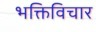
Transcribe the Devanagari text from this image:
भक्तिविचार